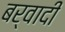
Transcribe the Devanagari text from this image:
बर्वादी